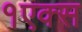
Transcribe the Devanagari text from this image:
१एक्स